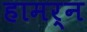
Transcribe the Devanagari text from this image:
हामर्न